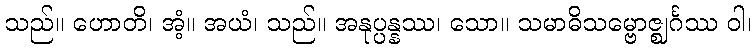
သည်။ ဟောတိ၊ အံ့။ အယံ၊ သည်။ အနုပ္ပန္နဿ၊ သော။ သမာဓိသမ္ဗောဇ္ဈင်္ဂဿ ဝါ၊